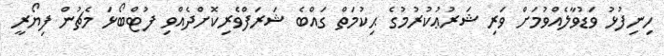
ހިނިފުޅު ވަޑުވާލެއްވުމަށް ވަރި ޝަރުޢުކުރުމުގެ ޙިކުމަތް ގައްބެ ޝަރަފްވެރިކޮށްދެއްވި ފުޓްބޯޅަ މެޗުން ފިޔޯރީ